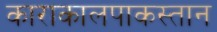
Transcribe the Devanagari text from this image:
काराकालपाकस्तान